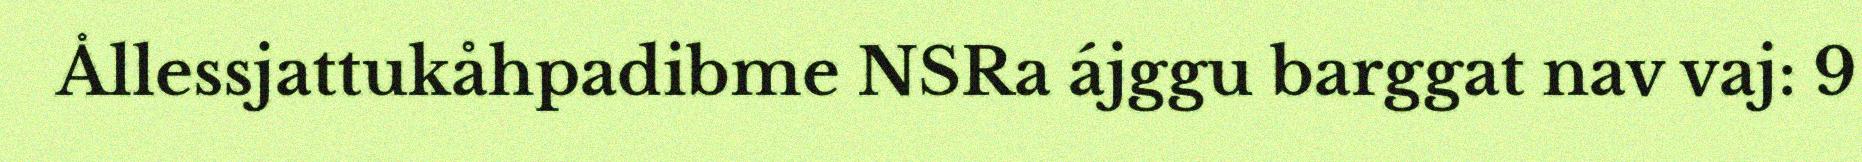
Ållessjattukåhpadibme NSRa ájggu barggat nav vaj: 9